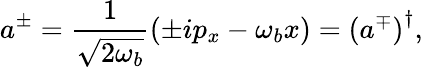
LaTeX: a^{\pm}=\frac{1}{\sqrt{2\omega_{b}}}\left(\pm ip_{x}-\omega_{b}x\right)=\left(a^{\mp}\right)^{\dagger},